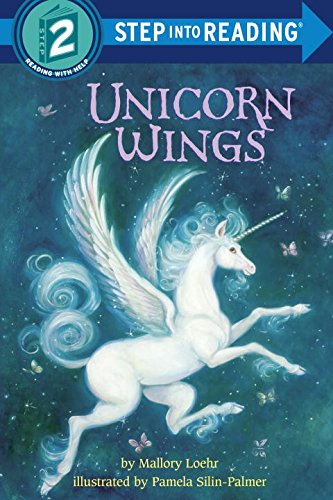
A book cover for Unicorn Wings (Step into Reading); Mallory Loehr; Children's Books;